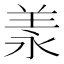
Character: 羕